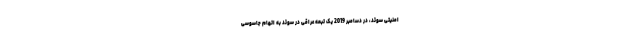
امنیتی سوئد، در دسامبر 2019 یک تبعه عراقی در سوئد به اتهام جاسوسی